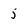
Character: 5